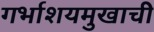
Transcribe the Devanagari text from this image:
गर्भाशयमुखाची